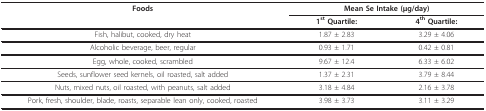
<table><thead><tr><td><b>Foods</b></td><td colspan="2"><b>Mean Se Intake (μg/day)</b></td></tr><tr><td></td><td><b>1<sup>st </sup>Quartile:</b></td><td><b>4<sup>th </sup>Quartile:</b></td></tr></thead><tbody><tr><td>Fish, halibut, cooked, dry heat</td><td>1.87 ± 2.83</td><td>3.29 ± 4.06</td></tr><tr><td>Alcoholic beverage, beer, regular</td><td>0.93 ± 1.71</td><td>0.42 ± 0.81</td></tr><tr><td>Egg, whole, cooked, scrambled</td><td>9.67 ± 12.4</td><td>6.33 ± 6.02</td></tr><tr><td>Seeds, sunflower seed kernels, oil roasted, salt added</td><td>1.37 ± 2.31</td><td>3.79 ± 8.44</td></tr><tr><td>Nuts, mixed nuts, oil roasted, with peanuts, salt added</td><td>3.18 ± 4.84</td><td>2.16 ± 3.78</td></tr><tr><td>Pork, fresh, shoulder, blade, roasts, separable lean only, cooked, roasted</td><td>3.98 ± 3.73</td><td>3.11 ± 3.29</td></tr></tbody></table>